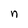
Character: n